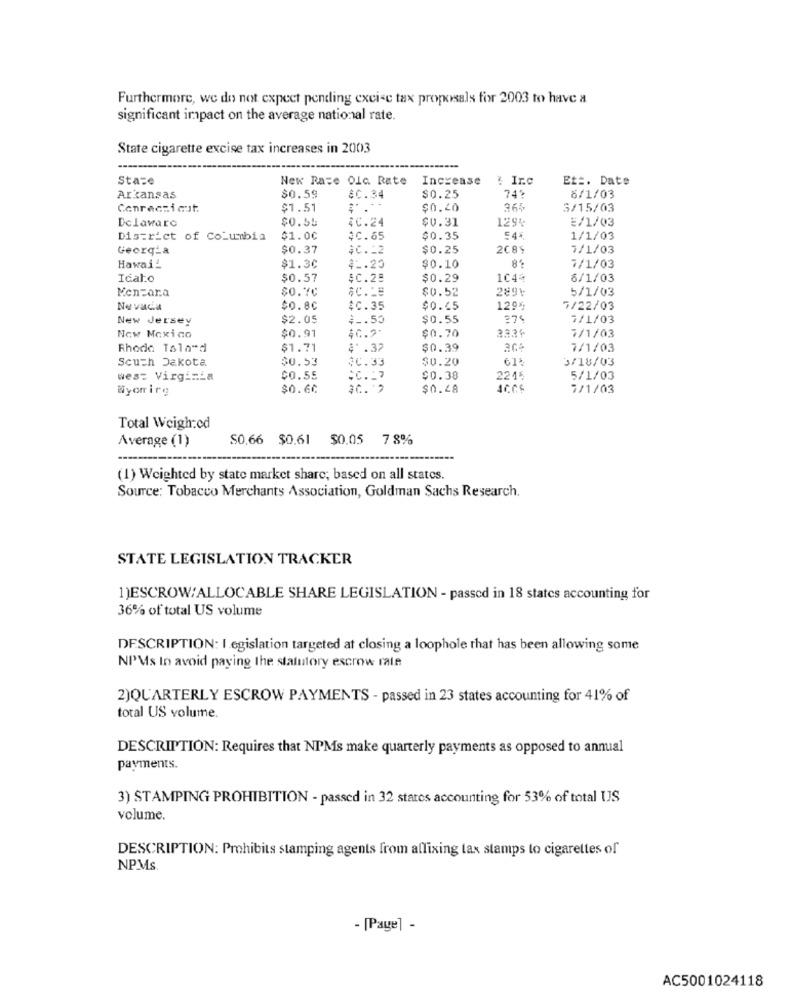
Furthermore, we do not expect pending excise tax proposals for 2003 to have a
significant impact on the average national rate.
State cigarette excise tax increases in 2003
State
New Race Olc Rate Increase
& Irc
Et =. Date
Arkansas
$0.59
$0.34
$0.25
741
8/1/03
Conrecsicut.
$1.51
$0.20
265
3/15/03
Delaware
$0.55
40.24
$0.31
1295
E/1/03
District of Columbia
$1.00
4C.65
$0.35
544
1/1/03
Georgia
$0.37
$C .= 2
$0.25
2085
7/1/03
8
Hawai
$1.30
4 .. 20
$0.10
7/1/03
Ical.o
$0.57
4C.28
$0.29
1044
6/1/03
Menzara
$0.52
2891
5/1/03
$0.80
$0.35
-----
$0.65
1295
7/22/03
New Jersey
$2.05
$ _. 53
$0.55
7/1/03
New Mexico
$0.91
40.2"
$0.70
7/1/03
Rhode Taland
$1.71
4 .32
$0.39
7/1/03
South Dakota
$0.53
$0.33
$0.20
3/18/03
west Virginia
$0.55
*C .= 7
$0.38
2215
5/1/03
Wyorrirg
$0.60
$C. "?
$0.48
7/1/03
Total Weighed
$0.66 $0.61 $0.05 7 8%
Average (1)
(1) Weighted by state market share; based on all states.
Source: Tobacco Merchants Association, Goldman Sachs Research.
STATE LEGISLATION TRACKER
1)ESCROW/ALLOCABLE SHARE LEGISLATION - passed in 18 states accounting for
36% of total US volume
DESCRIPTION: I egislation targeted at closing a loophole that has been allowing some
NPMs In avoid paying the statutory escrow rate
2)QUARTERLY ESCROW PAYMENTS - passed in 23 states accounting for 41% of
total US volume.
DESCRIPTION: Requires that NPMs make quarterly payments as opposed to annual
payments.
3) STAMPING PROHIBITION - passed in 32 states accounting for 53% of total US
volume.
DESCRIPTION: Prohibits stamping agents from affixing tax stamps to cigarettes of
NPMs
- [Page] -
AC5001024118